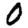
Digit: 0